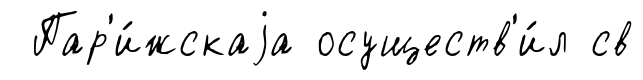
Пар'и́жскаjа осуществ'и́л св